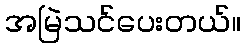
အမြဲသင်ပေးတယ်။